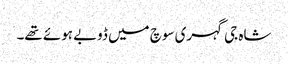
شاہ جی گہری سوچ میں ڈوبے ہوئے تھے۔